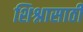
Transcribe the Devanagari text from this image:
शिश्नासाठी